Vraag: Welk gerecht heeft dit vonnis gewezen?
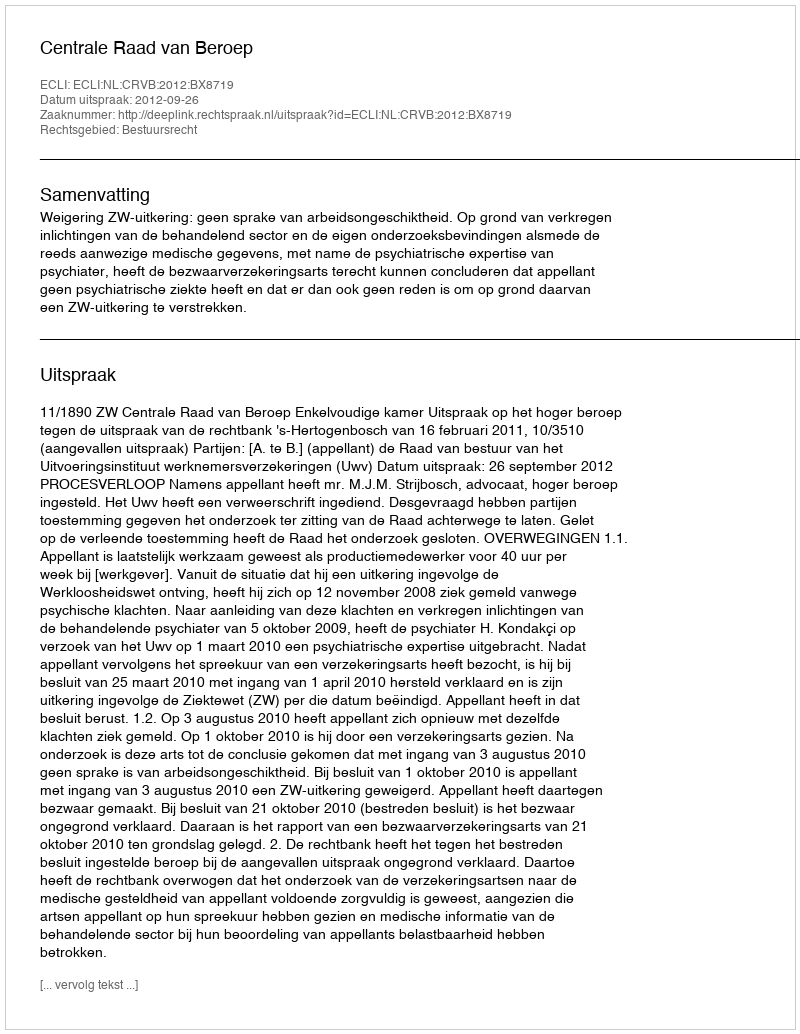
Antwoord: Centrale Raad van Beroep